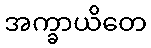
အက္ခာယိတေ